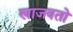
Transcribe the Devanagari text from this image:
खाजवतो